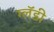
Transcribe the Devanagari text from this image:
ग्लॅडी